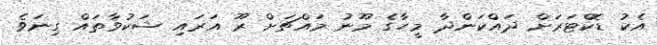
އެކު ޑޮކްޓަރަށް ދައްކަންދާ މީހާގެ މޫނު މައްޗަށް ރޫ އަރައި ޝަކުވާތައް ގިނަވެ